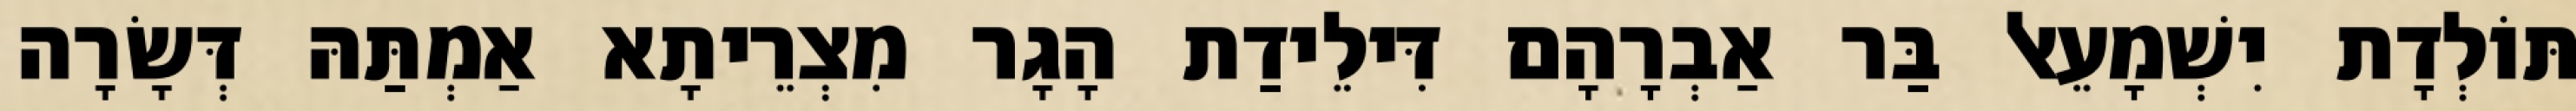
תּוֹלְדָת יִשְׁמָעֵאל בַּר אַבְרָהָם דִּילֵידַת הָגָר מִצְרֵיתָא אַמְתַּהּ דְּשָׂרָה